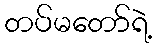
တပ်မတော်ရဲ့